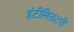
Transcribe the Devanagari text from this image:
इंटीमिडटरी